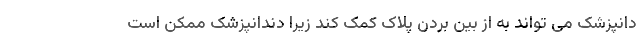
دانپزشک می تواند به از بین بردن پلاک کمک کند زیرا دندانپزشک ممکن است